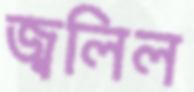
জ্বলিল